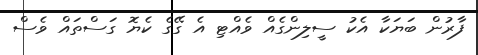
ފާރުން ބަޔަކާ އެކު ސީލިންގެއް ވެއްޓި އެ ގޭގެ ކެޔޮ ގަސްތައް ވެސް